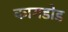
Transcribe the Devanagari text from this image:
कागडोड